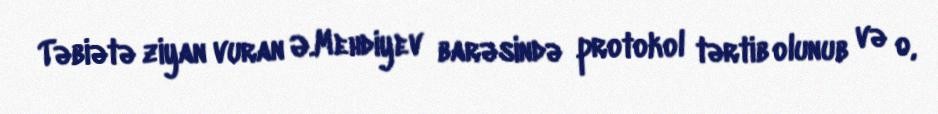
Təbiətə ziyan vuran Ə.Mehdiyev barəsində protokol tərtib olunub və o,